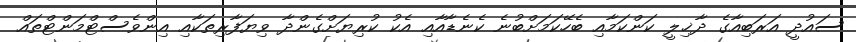
ސައުދީ އަރަބިއާގެ ދާޚިލީ ކަންކަމާއި ބެހޭކަމަށްބުނެ ކެނެޑާއާއި އެކު ކުރިޔަށްގެންދާ ވިޔަފާރިތަކާއި އިންވެސްޓްމަންޓްތައް